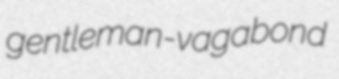
gentleman-vagabond